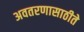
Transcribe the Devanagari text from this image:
अवतरणासाठीते